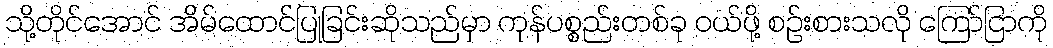
သို့တိုင်အောင် အိမ်ထောင်ပြုခြင်းဆိုသည်မှာ ကုန်ပစ္စည်းတစ်ခု ဝယ်ဖို့ စဉ်းစားသလို ကြော်ငြာကို